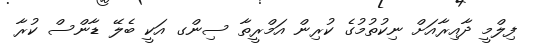
ފިލްމީ ދާއިރާއަށް ނިކުތުމުގެ ކުރިން އަމްރީތާ ސިންގ އަކީ ބެލޭ ޑާންސް ކުރާ